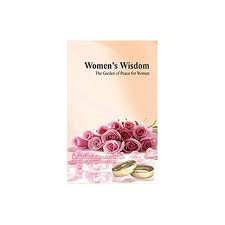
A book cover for The Garden of Wisdom - English - Rav Shalom Arush (A Practical Guide to Happiness in Life); Rav Shalom Arush; Crafts, Hobbies & Home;